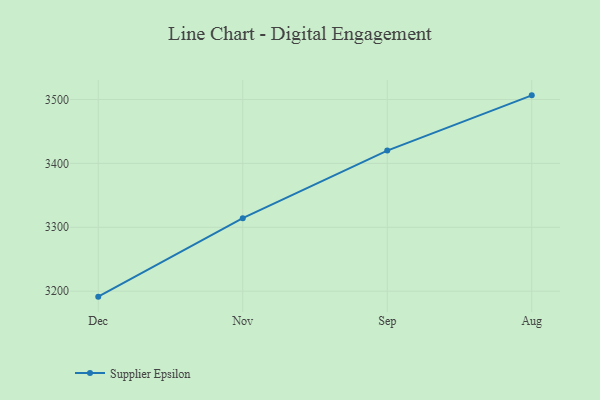
{"axis": {"x": "Month", "y": "Headcount"}, "legend": ["Supplier Epsilon"], "data": [{"x": "Dec", "y": 3191.4, "type": "Supplier Epsilon"}, {"x": "Nov", "y": 3314.3, "type": "Supplier Epsilon"}, {"x": "Sep", "y": 3420.0, "type": "Supplier Epsilon"}, {"x": "Aug", "y": 3506.5, "type": "Supplier Epsilon"}]}